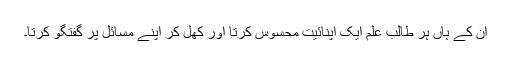
ان کے ہاں ہر طالب علم ایک اپنائیت محسوس کرتا اور کھل کر اپنے مسائل پر گفتگو کرتا۔